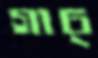
গাচ্